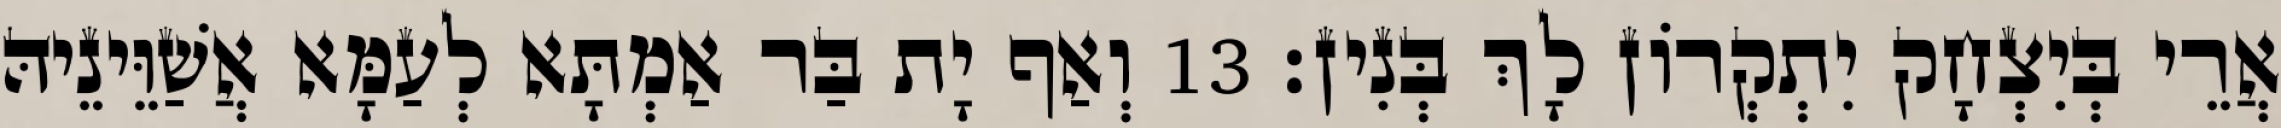
אֲרֵי בְּיִצְחָק יִתְקְרוֹן לָךְ בְּנִין׃ 13 וְאַף יָת בַּר אַמְתָּא לְעַמָּא אֲשַׁוֵּינֵיהּ